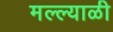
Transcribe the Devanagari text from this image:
मल्ल्याळी